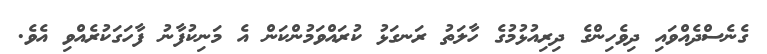
ގެނެސްދެއްވައި ދިވެހިންގެ ދިރިއުޅުމުގެ ހާލަތު ރަނގަޅު ކުރައްވަމުންކަން އެ މަނިކުފާނު ފާހަގަކުރެއްވި އެވެ.